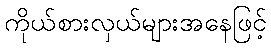
ကိုယ်စားလှယ်များအနေဖြင့်